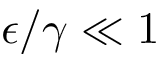
\epsilon / \gamma \ll 1